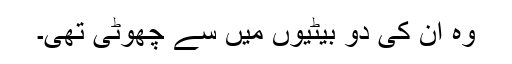
وہ اُن کی دو بیٹیوں میں سے چھوٹی تھی۔